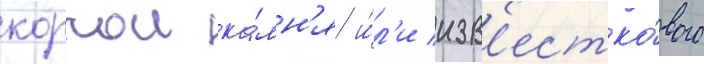
коркои ка́мн'я и́л'и изв'естко́вого